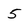
Character: 5